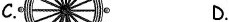
C. D.